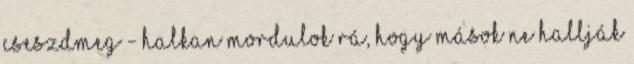
Cseszdmeg - halkan mordulok rá, hogy mások ne hallják